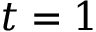
t = 1